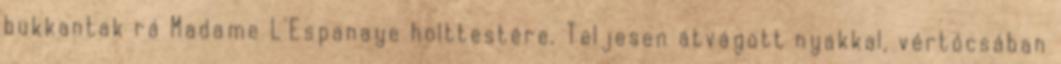
bukkantak rá Madame L'Espanaye holttestére. Teljesen átvágott nyakkal, vértócsában